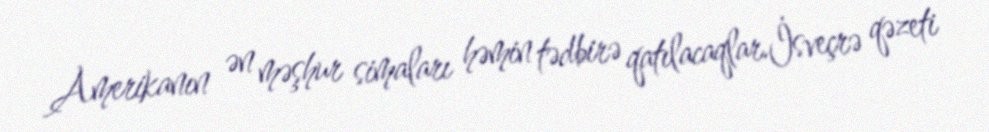
Amerikanın ən məşhur simaları həmin tədbirə qatılacaqlar.İsveçrə qəzeti